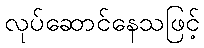
လုပ်ဆောင်နေသဖြင့်